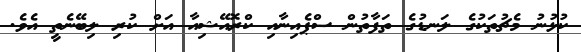
ކުޅުނު މެޗުތަކުގެ ލަނޑުގެ ތަފާތުން ސްޕެއިނާއި ކްރޮއޭޝިއާ އަށް ކުރި ލިބޭނެތީ އެވެ.